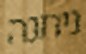
ניתנה